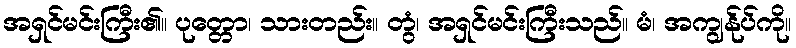
အရှင်မင်းကြီး၏။ ပုတ္တော၊ သားတည်း။ တွံ၊ အရှင်မင်းကြီးသည်။ မံ၊ အကျွန်ုပ်ကို။